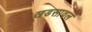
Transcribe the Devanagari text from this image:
खडसावलं